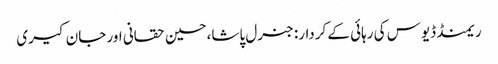
ریمنڈ ڈیوس کی رہائی کے کردار: جنرل پاشا،حسین حقانی اور جان کیری